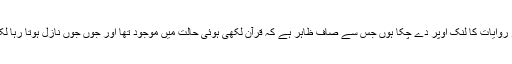
مزید آیات اور روایات کا لنک اوپر دے چکا ہوں جس سے صاف ظاہر ہے کہ قرآن لکھی ہوئی حالت میں موجود تھا اور جوں جوں نازل ہوتا رہا لکھوایا جاتا رہا۔